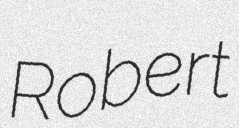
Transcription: Robert